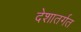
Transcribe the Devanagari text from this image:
देशातर्गत